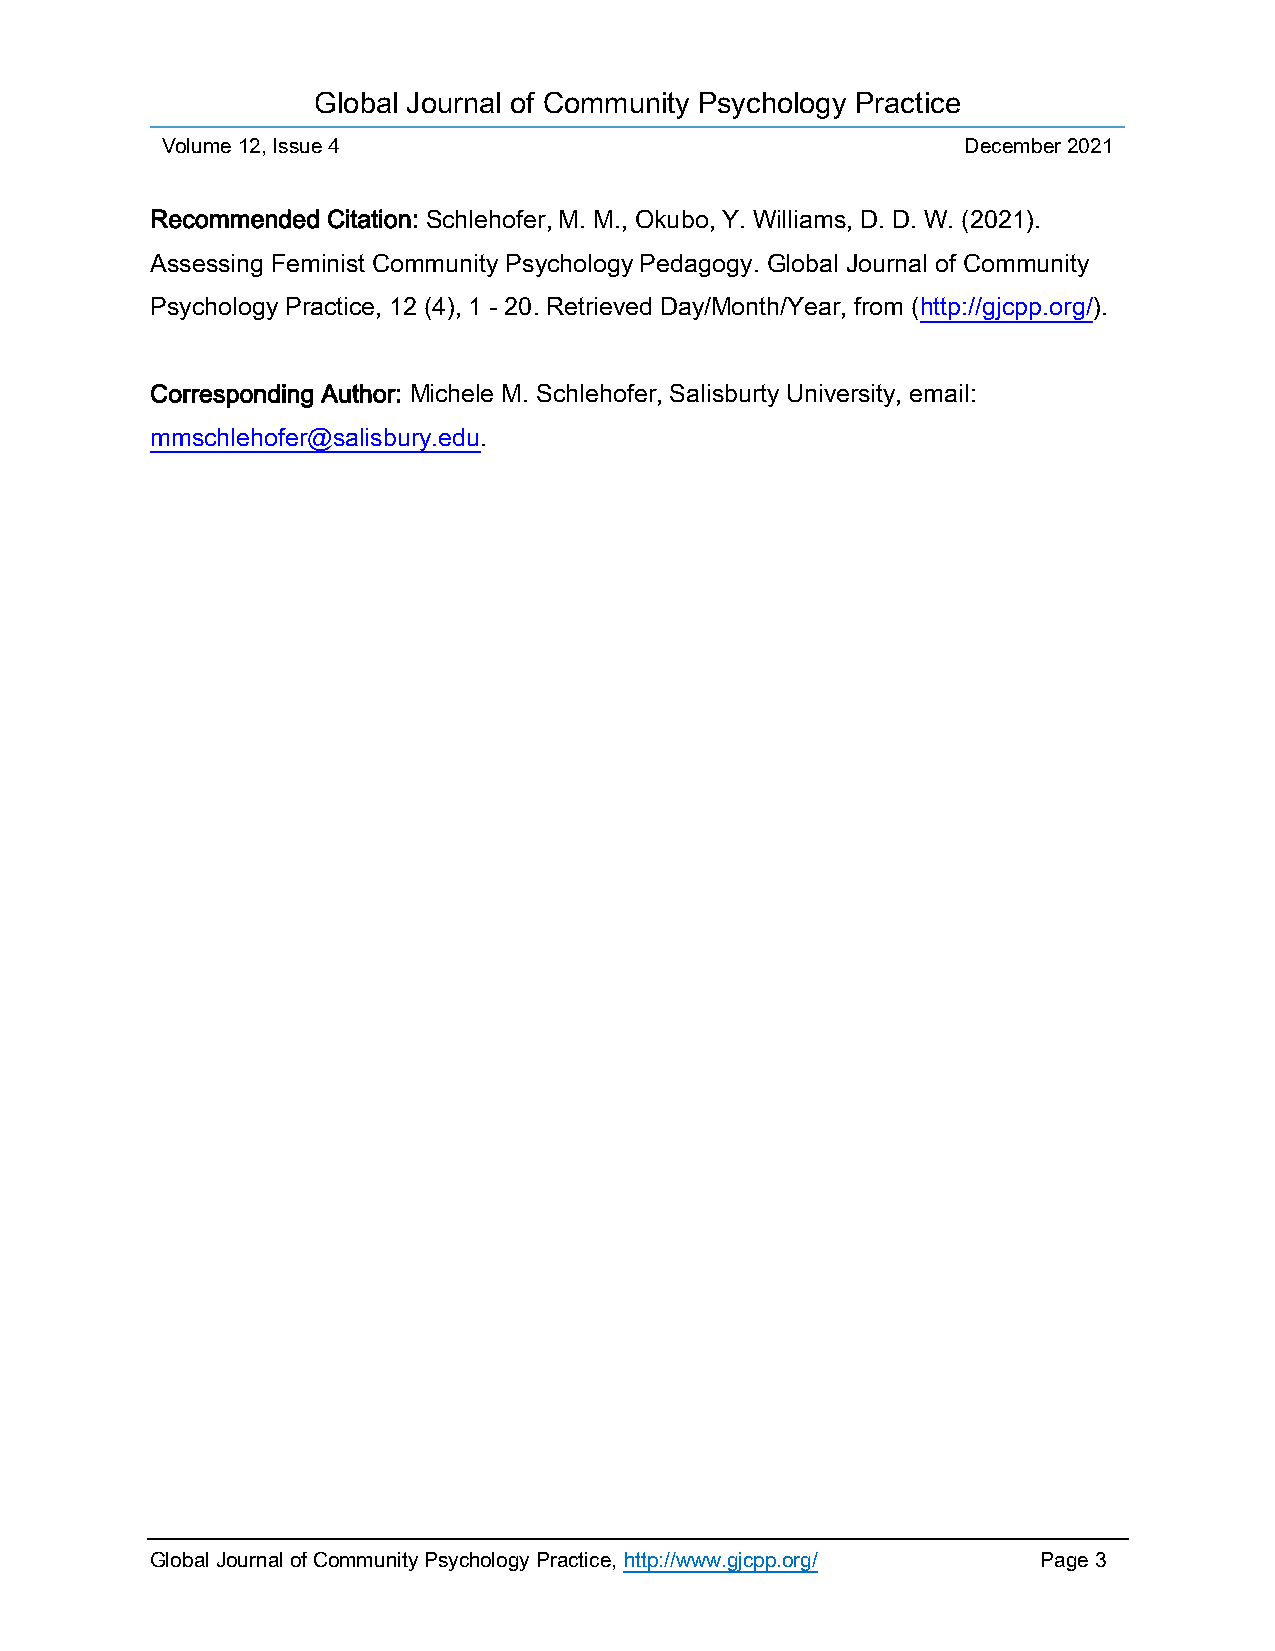
Global Journal of Community Psychology Practice
 Volume 12, Issue 4                                   December 2021
 Recommended Citation: Schlehofer, M. M., Okubo, Y. Williams, D. D. W. (2021).
 Assessing Feminist Community Psychology Pedagogy. Global Journal of Community
 Psychology Practice, 12 (4), 1 - 20. Retrieved Day/Month/Year, from (http://gjcpp.org/).
 Corresponding Author: Michele M. Schlehofer, Salisburty University, email:
 mmschlehofer@salisbury.edu.
 Global Journal of Community Psychology Practice, http://www.gjcpp.org/ Page 3